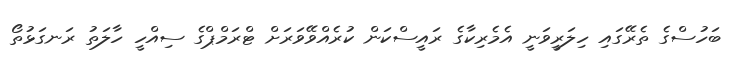
ބަހުސްގެ ތެރޭގައި ހިލަރީވަނީ އެމެރިކާގެ ރައީސްކަން ކުރެއްވޭވަރަށް ޓްރަމްޕްގެ ސިއްހީ ހާލަތު ރަނގަޅުތޯ